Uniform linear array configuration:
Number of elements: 8
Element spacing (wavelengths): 0.75
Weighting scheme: uniform
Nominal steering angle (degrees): -30
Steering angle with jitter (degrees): -31.876
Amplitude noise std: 0.05
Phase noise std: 0.05

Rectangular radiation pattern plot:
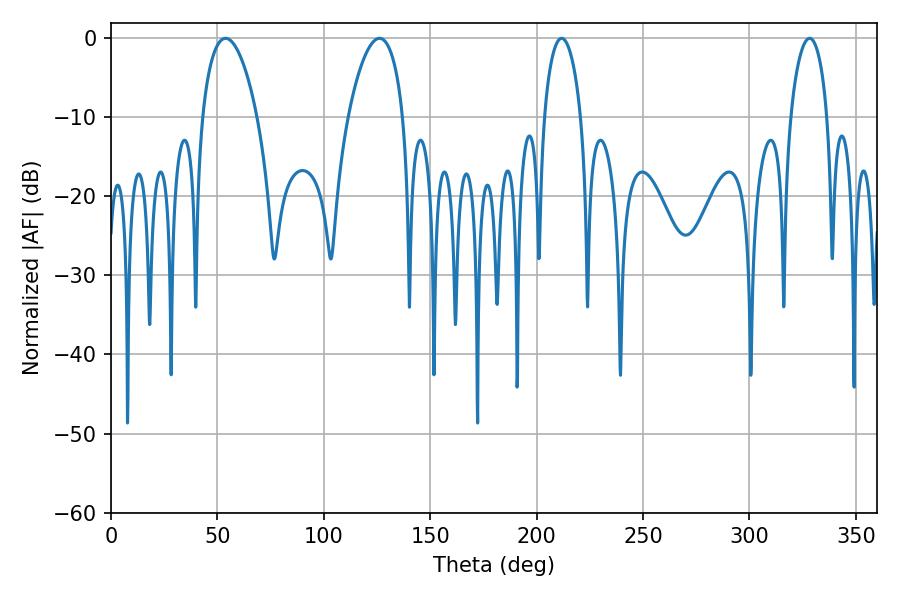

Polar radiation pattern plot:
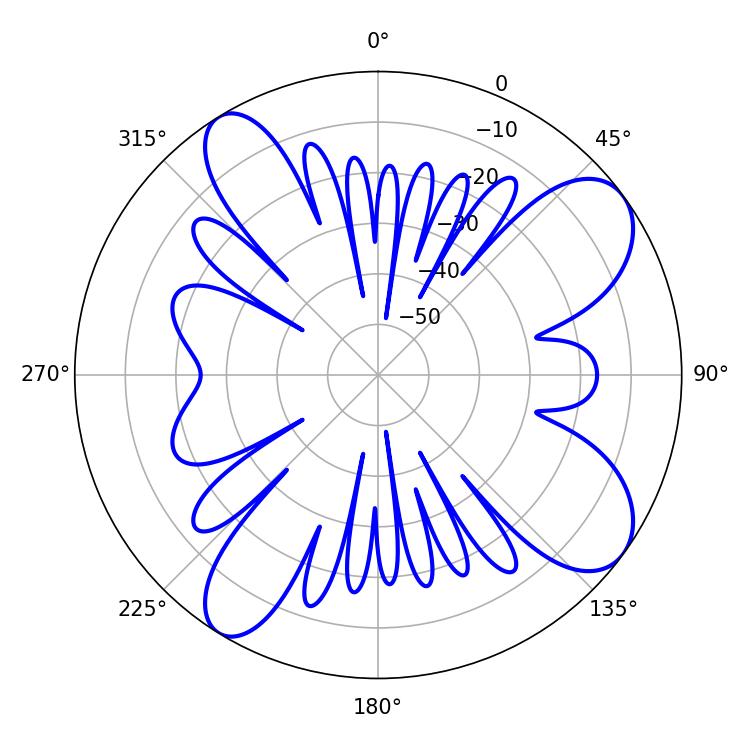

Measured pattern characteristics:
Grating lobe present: TRUE
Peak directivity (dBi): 9.306
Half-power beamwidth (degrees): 14.58
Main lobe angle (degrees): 53.82